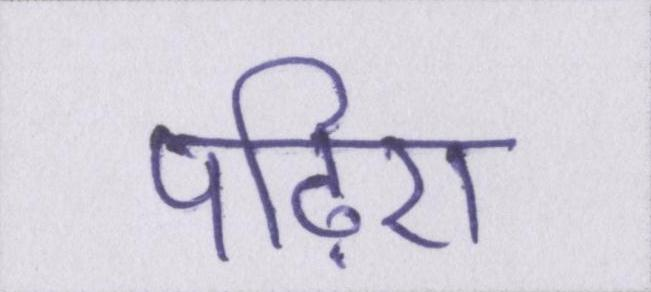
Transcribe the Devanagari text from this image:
पढ़िए